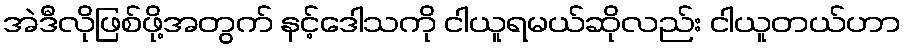
အဲဒီလိုဖြစ်ဖို့အတွက် နင့်ဒေါသကို ငါယူရမယ်ဆိုလည်း ငါယူတယ်ဟာ